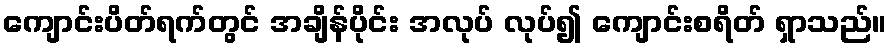
ကျောင်းပိတ်ရက်တွင် အချိန်ပိုင်း အလုပ် လုပ်၍ ကျောင်းစရိတ် ရှာသည်။